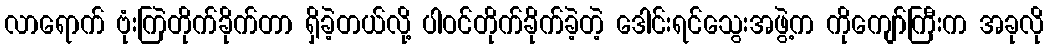
လာရောက် ဗုံးကြဲတိုက်ခိုက်တာ ရှိခဲ့တယ်လို့ ပါဝင်တိုက်ခိုက်ခဲ့တဲ့ ဒေါင်းရင်သွေးအဖွဲ့က ကိုကျော်ကြီးက အခုလို